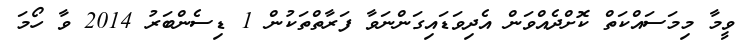
ވީމާ މިމަސައްކަތް ކޮށްދެއްވަން އެދިވަޑައިގަންނަވާ ފަރާތްތަކުން 1 ޑިސެންބަރު 2014 ވާ ހޯމަ